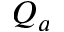
Q _ { a }